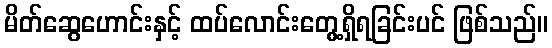
မိတ်ဆွေဟောင်းနှင့် ထပ်လောင်းတွေ့ရှိရခြင်းပင် ဖြစ်သည်။